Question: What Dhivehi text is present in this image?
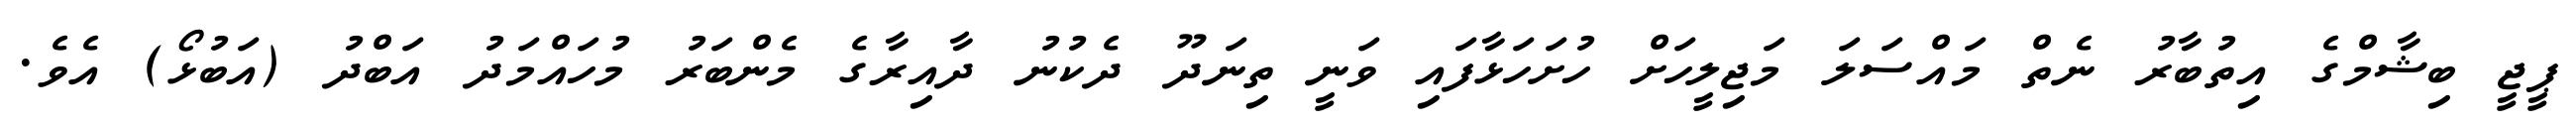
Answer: ޕީޖީ ބިޝާމްގެ އިތުބާރު ނެތް މައްސަލަ މަޖިލީހަށް ހުށަހަޅާފައި ވަނީ ތިނަދޫ ދެކުނު ދާއިރާގެ މެންބަރު މުހައްމަދު އަބްދު (އަބުޅޯ) އެވެ.